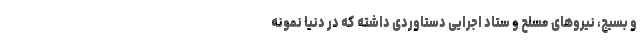
و بسیج، نیروهای مسلح و ستاد اجرایی دستاوردی داشته که در دنیا نمونه